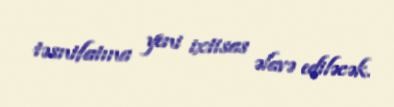
təsnifatına yeni ixtisas əlavə ediləcək.